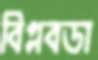
বিপ্লবডা